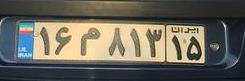
۱۶م۸۱۳۱۵